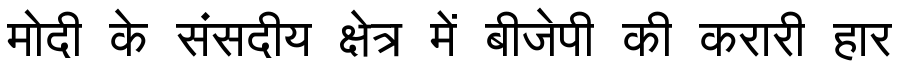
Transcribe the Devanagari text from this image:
मोदी के संसदीय क्षेत्र में बीजेपी की करारी हार